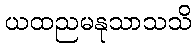
ယထညမနုသာသသိ